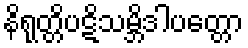
နိရုတ္တိပဋိသမ္ဘိဒါပတ္တော